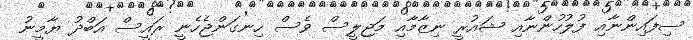
ސިފައިންނާއި ފުލުހުންނާއި ޝައުރީ ނިޒާމާއި މަޖިލީސް ވެސް ހިނގަންޖެހެނީ ރައީސް އަބްދު ޔާމީނު